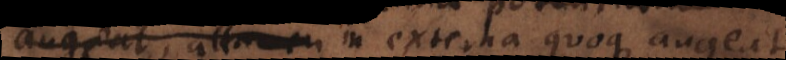
augeat, attamen in externa quoque augea